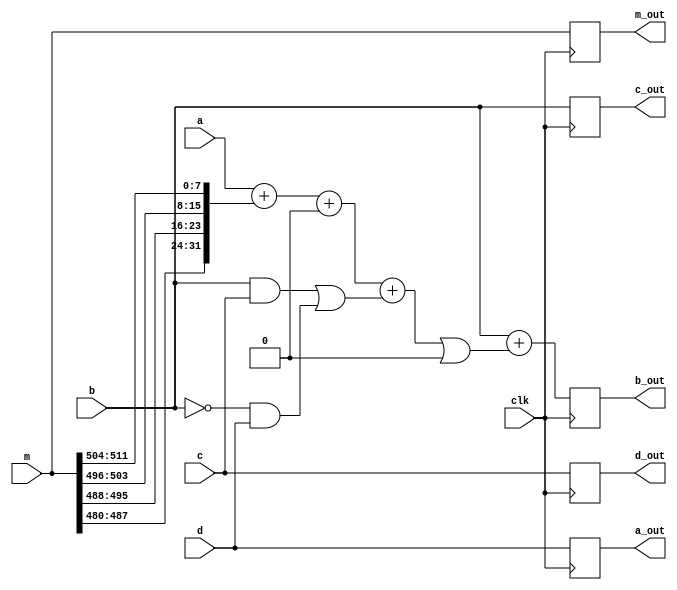
module hash_op(
	input wire clk,
	input wire [31:0] a, b, c, d,
	input wire [511:0] m,

	output reg [31:0] a_out, b_out, c_out, d_out,
	output reg [511:0] m_out
);
parameter index = 0;
parameter s = 0;
parameter k = 0;

function[31:0] f;
input[31:0] b, c, d;
begin
	f = (b & c) | ((~b) & d);
end
endfunction

function[31:0] g;
input[31:0] b, c, d;
begin
	g = (d & b) | ((~d) & c);
end
endfunction

function[31:0] h;
input[31:0] b, c, d;
begin
	h = b ^ c ^ d;
end
endfunction

function[31:0] i;
input[31:0] b, c, d;
begin
	i = c ^ (b | (~d));
end
endfunction

function[31:0] little_endian_32b;
	input[31:0] __IN;
	begin
		little_endian_32b = {__IN[0+:8],__IN[8+:8],__IN[16+:8],__IN[24+:8]};
	end
endfunction

reg[31:0] debug;
always @(posedge clk)
begin
	if(index<16) begin
		b_out <= b + (((a + little_endian_32b(m[512-32-32*(index%16) +: 32]) + k + f(b,c,d)) << s)
		 | ((a + little_endian_32b(m[512-32-32*(index%16) +: 32]) + k + f(b,c,d)) >> (32 - s)));
	 	debug = little_endian_32b(m[512-32-32*(index%16) +: 32]);
	end
	else if(index<32) begin
		b_out <= b + (((a + little_endian_32b(m[512-32-32*((5*index+1)%16) +: 32]) + k + g(b,c,d)) << s)
		 | ((a + little_endian_32b(m[512-32-32*((5*index+1)%16) +: 32]) + k + g(b,c,d)) >> (32 - s)));
	 	debug = little_endian_32b(m[512-32-32*((5*index+1)%16) +: 32]);
 	end
	else if(index<48) begin 
		b_out <= b + (((a + little_endian_32b(m[512-32-32*((3*index+5)%16) +: 32]) + k + h(b,c,d)) << s)
		 | ((a + little_endian_32b(m[512-32-32*((3*index+5)%16) +: 32]) + k + h(b,c,d)) >> (32 - s)));
	 	debug = little_endian_32b(m[512-32-32*((3*index+5)%16) +: 32]);
	end
	else begin
		b_out <= b + (((a + little_endian_32b(m[512-32-32*((7*index)%16) +: 32]) + k + i(b,c,d)) << s)
		 | ((a + little_endian_32b(m[512-32-32*((7*index)%16) +: 32]) + k + i(b,c,d)) >> (32 - s)));
	 	debug = little_endian_32b(m[512-32-32*((7*index)%16) +: 32]);
	end

	a_out <= d;
	c_out <= b;
	d_out <= c;
	m_out <= m;
	//$display("%d: %x  %x  %x  %x\t%x|%d\t%x|%x\n",index,a_out,b_out,c_out,d_out,k,s,f(b,c,d),`LITTLE_ENDIAN_32(m[16*index +: 32]));
end

endmodule